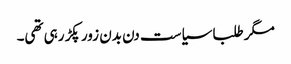
مگر طلبا سیاست دن بدن زور پکڑ رہی تھی۔